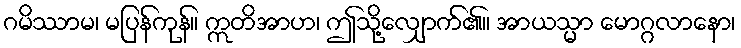
ဂမိဿာမ၊ မပြန်ကုန်။ ဣတိအာဟ၊ ဤသို့လျှောက်၏။ အာယသ္မာ မောဂ္ဂလာနော၊